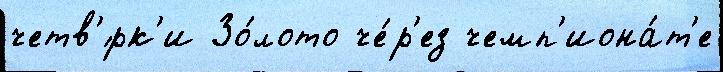
четв'́рк'и Зо́лото че́р'ез чемп'иона́т'е